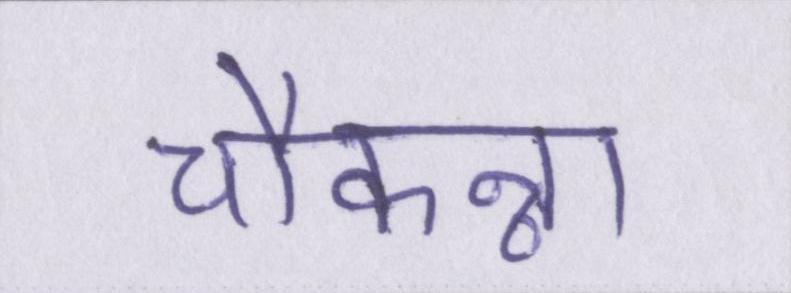
चौकन्ना